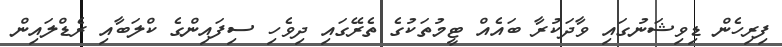
ފިރިހެން ޑިވިޝަނުގައި ވާދަކުރާ ބައެއް ޓީމުތަކުގެ ތެރޭގައި ދިވެހި ސިފައިންގެ ކްލަބާއި ރެޑްލައިން